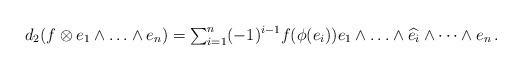
LaTeX: \begin{align*}d_2(f \otimes e_1 \wedge \ldots \wedge e_n) = {\textstyle \sum}_{i = 1}^n (-1)^{i-1} f(\phi(e_i)) e_1 \wedge \ldots \wedge {\widehat{e_i}} \wedge \cdots \wedge e_n\, . \end{align*}